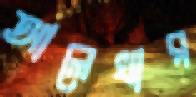
আলেখার